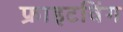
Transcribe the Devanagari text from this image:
फ्राइटविंग